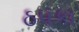
ઠપકા